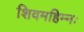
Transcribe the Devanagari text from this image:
शिवमहिम्नः